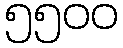
၅၅၀၀